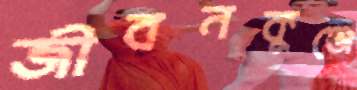
জীবনকুঞ্জে